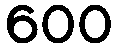
600